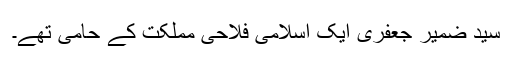
سید ضمیر جعفری ایک اسلامی فلاحی مملکت کے حامی تھے۔